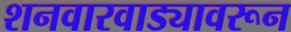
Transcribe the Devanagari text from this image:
शनवारवाड्यावरून